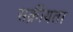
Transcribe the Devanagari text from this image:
सक्रीयता